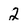
Character: 2